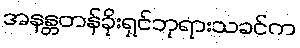
အနန္တတန်ခိုးရှင်ဘုရားသခင်က